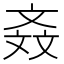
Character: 𣁕